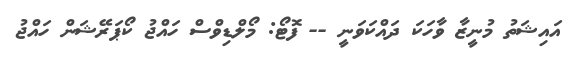
އައިޝަތު މުނީޒާ ވާހަކަ ދައްކަވަނީ -- ފޮޓޯ: މޯލްޑިވްސް ހައްޖު ކޯޕަރޭޝަން ހައްޖު